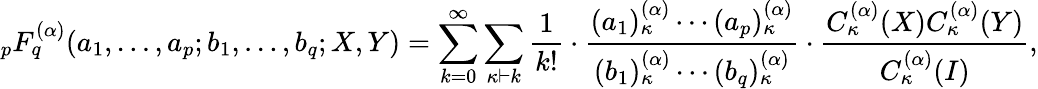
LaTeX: _{p}F_{q}^{(\alpha)}(a_{1},\ldots,a_{p};b_{1},\ldots,b_{q};X,Y)=\sum_{k=0}^{\infty}\sum_{\kappa\vdash k}{\frac{1}{k!}}\cdot{\frac{(a_{1})_{\kappa}^{(\alpha)}\cdots(a_{p})_{\kappa}^{(\alpha)}}{(b_{1})_{\kappa}^{(\alpha)}\cdots(b_{q})_{\kappa}^{(\alpha)}}}\cdot{\frac{C_{\kappa}^{(\alpha)}(X)C_{\kappa}^{(\alpha)}(Y)}{C_{\kappa}^{(\alpha)}(I)}},